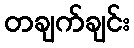
တချက်ချင်း